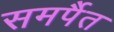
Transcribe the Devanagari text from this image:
समर्पैत